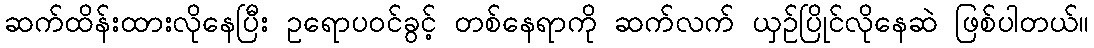
ဆက်ထိန်းထားလိုနေပြီး ဥရောပဝင်ခွင့် တစ်နေရာကို ဆက်လက် ယှဉ်ပြိုင်လိုနေဆဲ ဖြစ်ပါတယ်။